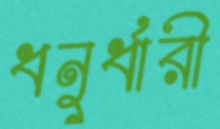
ধনুর্ধারী